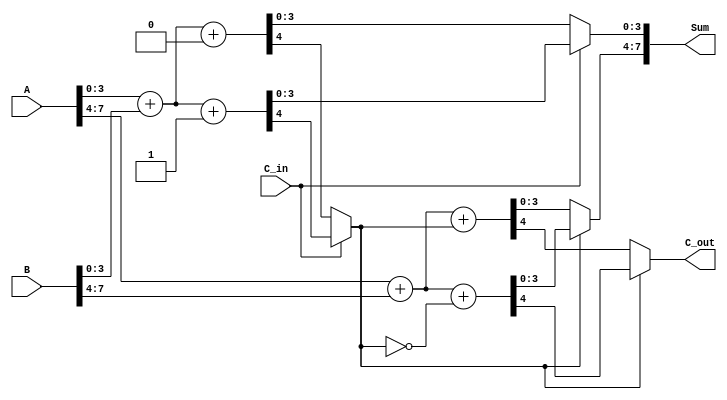
module carry_select_adder (
    input [7:0] A,        // 8-bit input A
    input [7:0] B,        // 8-bit input B
    input C_in,           // Carry input
    output [7:0] Sum,     // 8-bit sum output
    output C_out          // Carry output
);
    wire [3:0] S1, S1_cin_0, S1_cin_1, S2, S2_cin_0, S2_cin_1;
    wire C1_0, C1_1, C1;
    wire S1_sel, S2_sel;

    // First 4-bit segment
    assign {C1_0, S1_cin_0} = A[3:0] + B[3:0] + 1'b0;  // Sum with C_in = 0
    assign {C1_1, S1_cin_1} = A[3:0] + B[3:0] + 1'b1;  // Sum with C_in = 1
    
    // Mux for first segment selection
    assign S1 = C_in ? S1_cin_1[3:0] : S1_cin_0[3:0]; // Select based on C_in
    assign C1 = C_in ? C1_1 : C1_0;                   // Carry out

    // Second 4-bit segment
    assign {C2_0, S2_cin_0} = A[7:4] + B[7:4] + C1;   // Sum with selected carry
    assign {C2_1, S2_cin_1} = A[7:4] + B[7:4] + ~C1;  // Sum with inverted carry
    
    // Mux for second segment selection
    assign S2 = C1 ? S2_cin_1[3:0] : S2_cin_0[3:0]; // Select based on C1
    assign C_out = C1 ? C2_1 : C2_0;                // Final carry out

    // Final sum concatenation
    assign Sum = {S2, S1}; // Concatenate the sums from both segments

endmodule